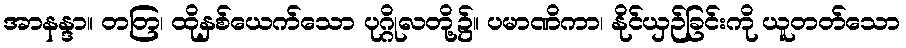
အာနန္ဒာ။ တတြ၊ ထိုနှစ်ယေက်သော ပုဂ္ဂိုလတို့၌။ ပမာဏိကာ၊ နိုင်ယှဉ်ခြင်းကို ယူတတ်သော